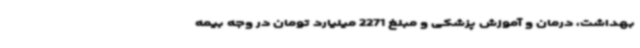
بهداشت، درمان و آموزش پزشکی و مبلغ 2271 میلیارد تومان در وجه بیمه